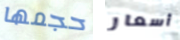
حجمها أسعار